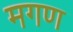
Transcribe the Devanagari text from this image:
मगण